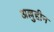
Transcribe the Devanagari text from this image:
अल्लुद्दीन